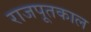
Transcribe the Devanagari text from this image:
राजपूतकाल